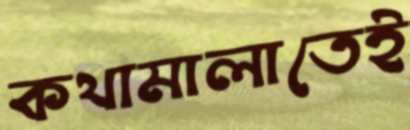
কথামালাতেই